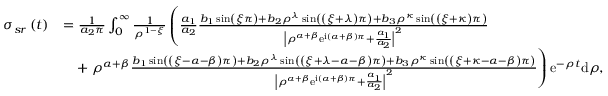
\begin{array} { r l } { \sigma _ { s r } \left( t \right) } & { = \frac { 1 } { a _ { 2 } \pi } \int _ { 0 } ^ { \infty } \frac { 1 } { \rho ^ { 1 - \xi } } \left( \frac { a _ { 1 } } { a _ { 2 } } \frac { b _ { 1 } \sin \left( \xi \pi \right) + b _ { 2 } \rho ^ { \lambda } \sin \left( \left( \xi + \lambda \right) \pi \right) + b _ { 3 } \rho ^ { \kappa } \sin \left( \left( \xi + \kappa \right) \pi \right) } { \left\vert \rho ^ { \alpha + \beta } \mathrm { e } ^ { \mathrm { i } \left( \alpha + \beta \right) \pi } + \frac { a _ { 1 } } { a _ { 2 } } \right\vert ^ { 2 } } \right. } \\ & { \quad + \left. \rho ^ { \alpha + \beta } \frac { b _ { 1 } \sin \left( \left( \xi - \alpha - \beta \right) \pi \right) + b _ { 2 } \rho ^ { \lambda } \sin \left( \left( \xi + \lambda - \alpha - \beta \right) \pi \right) + b _ { 3 } \rho ^ { \kappa } \sin \left( \left( \xi + \kappa - \alpha - \beta \right) \pi \right) } { \left\vert \rho ^ { \alpha + \beta } \mathrm { e } ^ { \mathrm { i } \left( \alpha + \beta \right) \pi } + \frac { a _ { 1 } } { a _ { 2 } } \right\vert ^ { 2 } } \right) \mathrm { e } ^ { - \rho t } \mathrm { d } \rho , } \end{array}